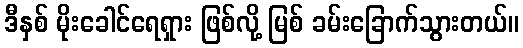
ဒီနှစ် မိုးခေါင်ရေရှား ဖြစ်လို့ မြစ် ခမ်းခြောက်သွားတယ်။